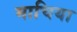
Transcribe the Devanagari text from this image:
माचिया